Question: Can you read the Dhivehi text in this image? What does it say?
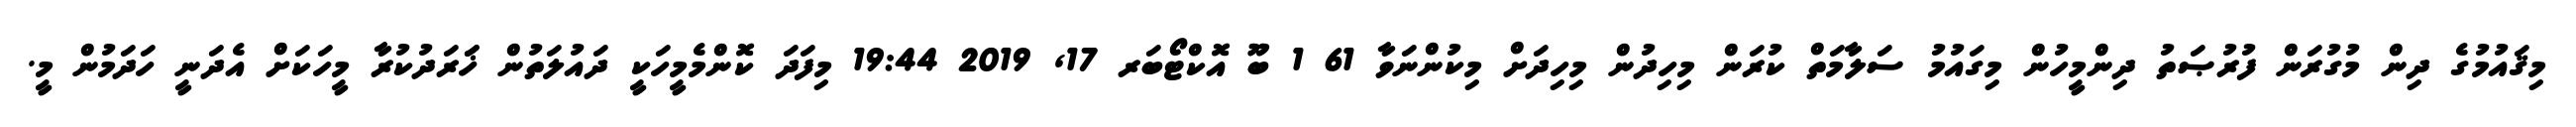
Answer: މިޤައުމުގެ ދިން މުގުރަން ފުރުޞަތު ދިންމީހުން މިގައުމު ސަލާމަތް ކުރަން މިހިދުން މިހިދަށް މިކުންނަވާ 61 1 ބޫ އޮކްޓޯބަރ 17, 2019 19:44 މިފަދަ ކޮންމެމީހަކީ ދައުލަތުން ޚަަރަދުކުރާ މީހަކަށް އެދަނީ ހަދަމުން މީ.